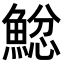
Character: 𩸂